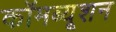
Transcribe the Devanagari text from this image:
कॉमब्यूशन